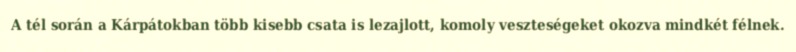
A tél során a Kárpátokban több kisebb csata is lezajlott, komoly veszteségeket okozva mindkét félnek.